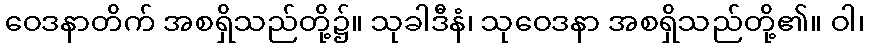
ဝေဒနာတိက် အစရှိသည်တို့၌။ သုခါဒီနံ၊ သုဝေဒနာ အစရှိသည်တို့၏။ ဝါ၊